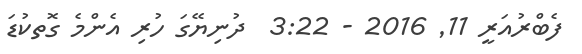
ފެބްރުއަރީ 11